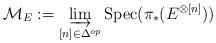
LaTeX: \begin{align*}\mathcal{M}_{E} := \varinjlim_{[n] \in \Delta^{op}} \textnormal{Spec}(\pi_{*}(E^{\otimes [n]}))\end{align*}